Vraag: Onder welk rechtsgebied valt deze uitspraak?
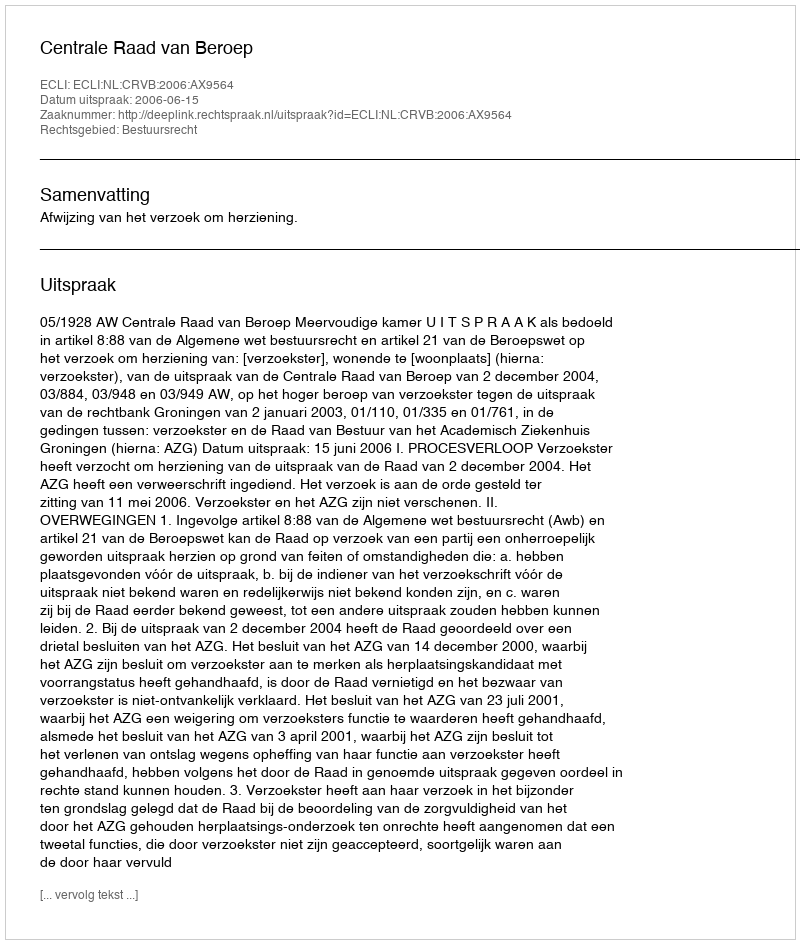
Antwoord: Bestuursrecht